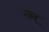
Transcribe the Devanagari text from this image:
नोबू